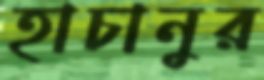
হাচানুর